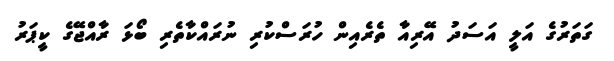
ގަތަރުގެ އަލީ އަސަދު އޭރިއާ ތެރެއިން ހުރަސްކުރި ނުރައްކާތެރި ބޯޅަ ރާއްޖޭގެ ކީޕަރު